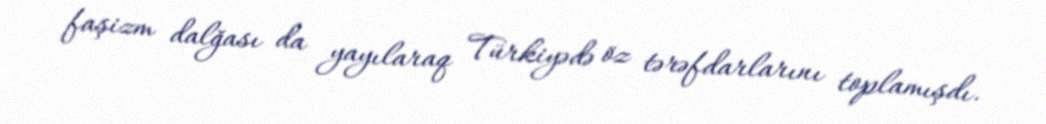
faşizm dalğası da yayılaraq Türkiyədə öz tərəfdarlarını toplamışdı.